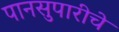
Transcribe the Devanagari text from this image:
पानसुपारीचे